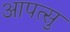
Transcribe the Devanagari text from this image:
आपत्सु